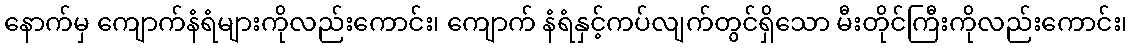
နောက်မှ ကျောက်နံရံများကိုလည်းကောင်း၊ ကျောက် နံရံနှင့်ကပ်လျက်တွင်ရှိသော မီးတိုင်ကြီးကိုလည်းကောင်း၊